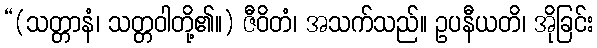
“(သတ္တာနံ၊ သတ္တဝါတို့၏။) ဇီဝိတံ၊ အသက်သည်။ ဥပနီယတိ၊ အိုခြင်း